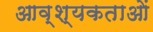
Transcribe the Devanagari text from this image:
आव्श्यकताओं